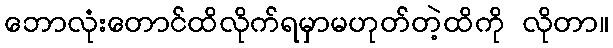
ဘောလုံးတောင်ထိလိုက်ရမှာမဟုတ်တဲ့ထိကို လိုတာ။